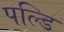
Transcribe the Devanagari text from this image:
पल्डि